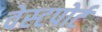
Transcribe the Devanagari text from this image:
वेस्‍टपोर्ट